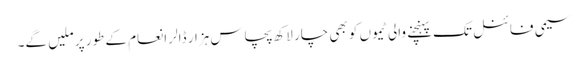
سیمی فائنل تک پہنچنے والی ٹیموں کو بھی چار لاکھ پچاس ہزار ڈالر انعام کے طور پر ملیں گے۔